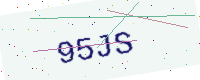
Text: 95JS